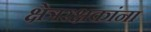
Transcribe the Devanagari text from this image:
क्षेत्ररक्षकांना